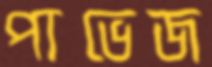
পাভেজ